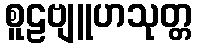
စူဠဗျူဟသုတ္တ